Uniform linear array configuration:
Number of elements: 32
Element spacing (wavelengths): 1
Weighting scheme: cosine
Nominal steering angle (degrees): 45
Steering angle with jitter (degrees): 43.656
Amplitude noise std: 0.05
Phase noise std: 0.05

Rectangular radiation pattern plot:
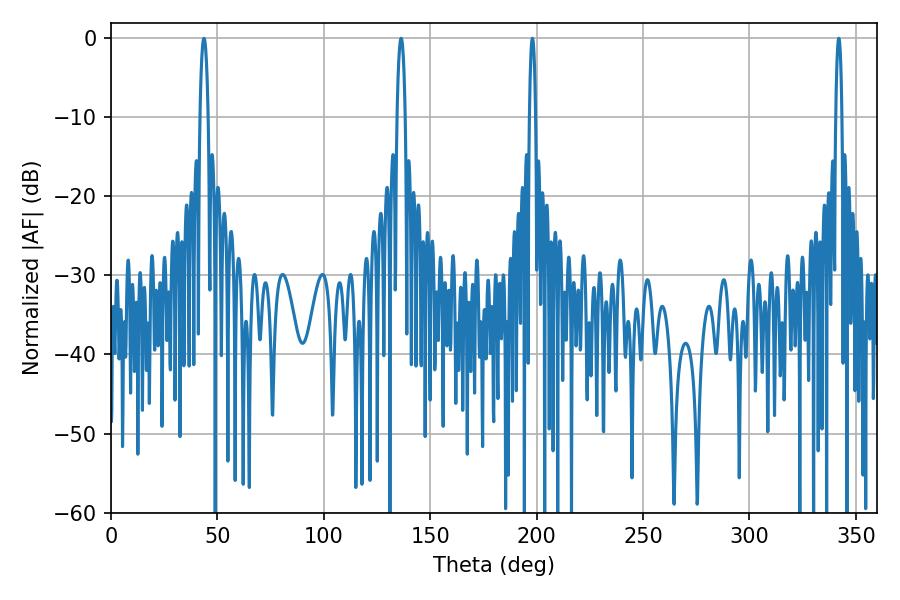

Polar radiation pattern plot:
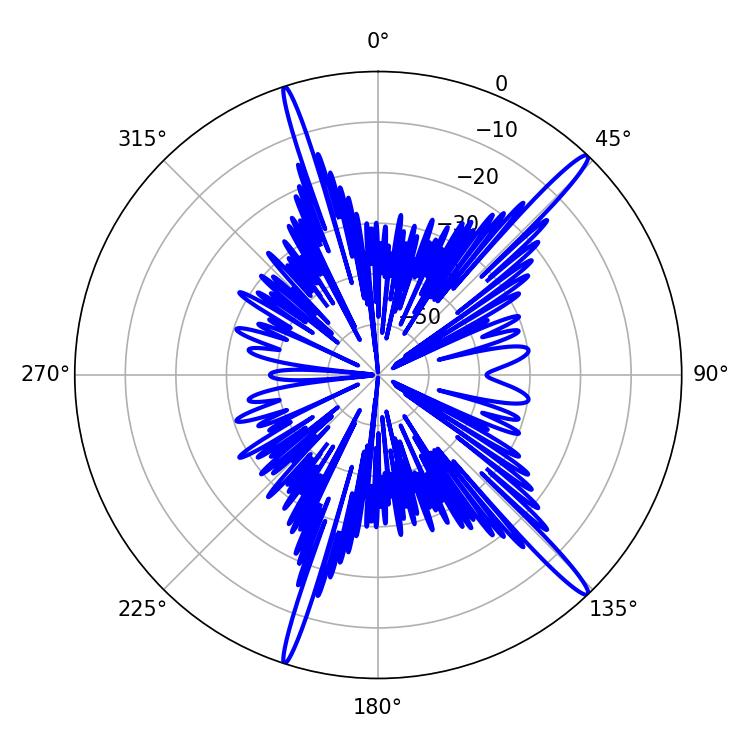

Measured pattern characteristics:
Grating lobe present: TRUE
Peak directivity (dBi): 17.042
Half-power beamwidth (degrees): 1.44
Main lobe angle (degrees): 342